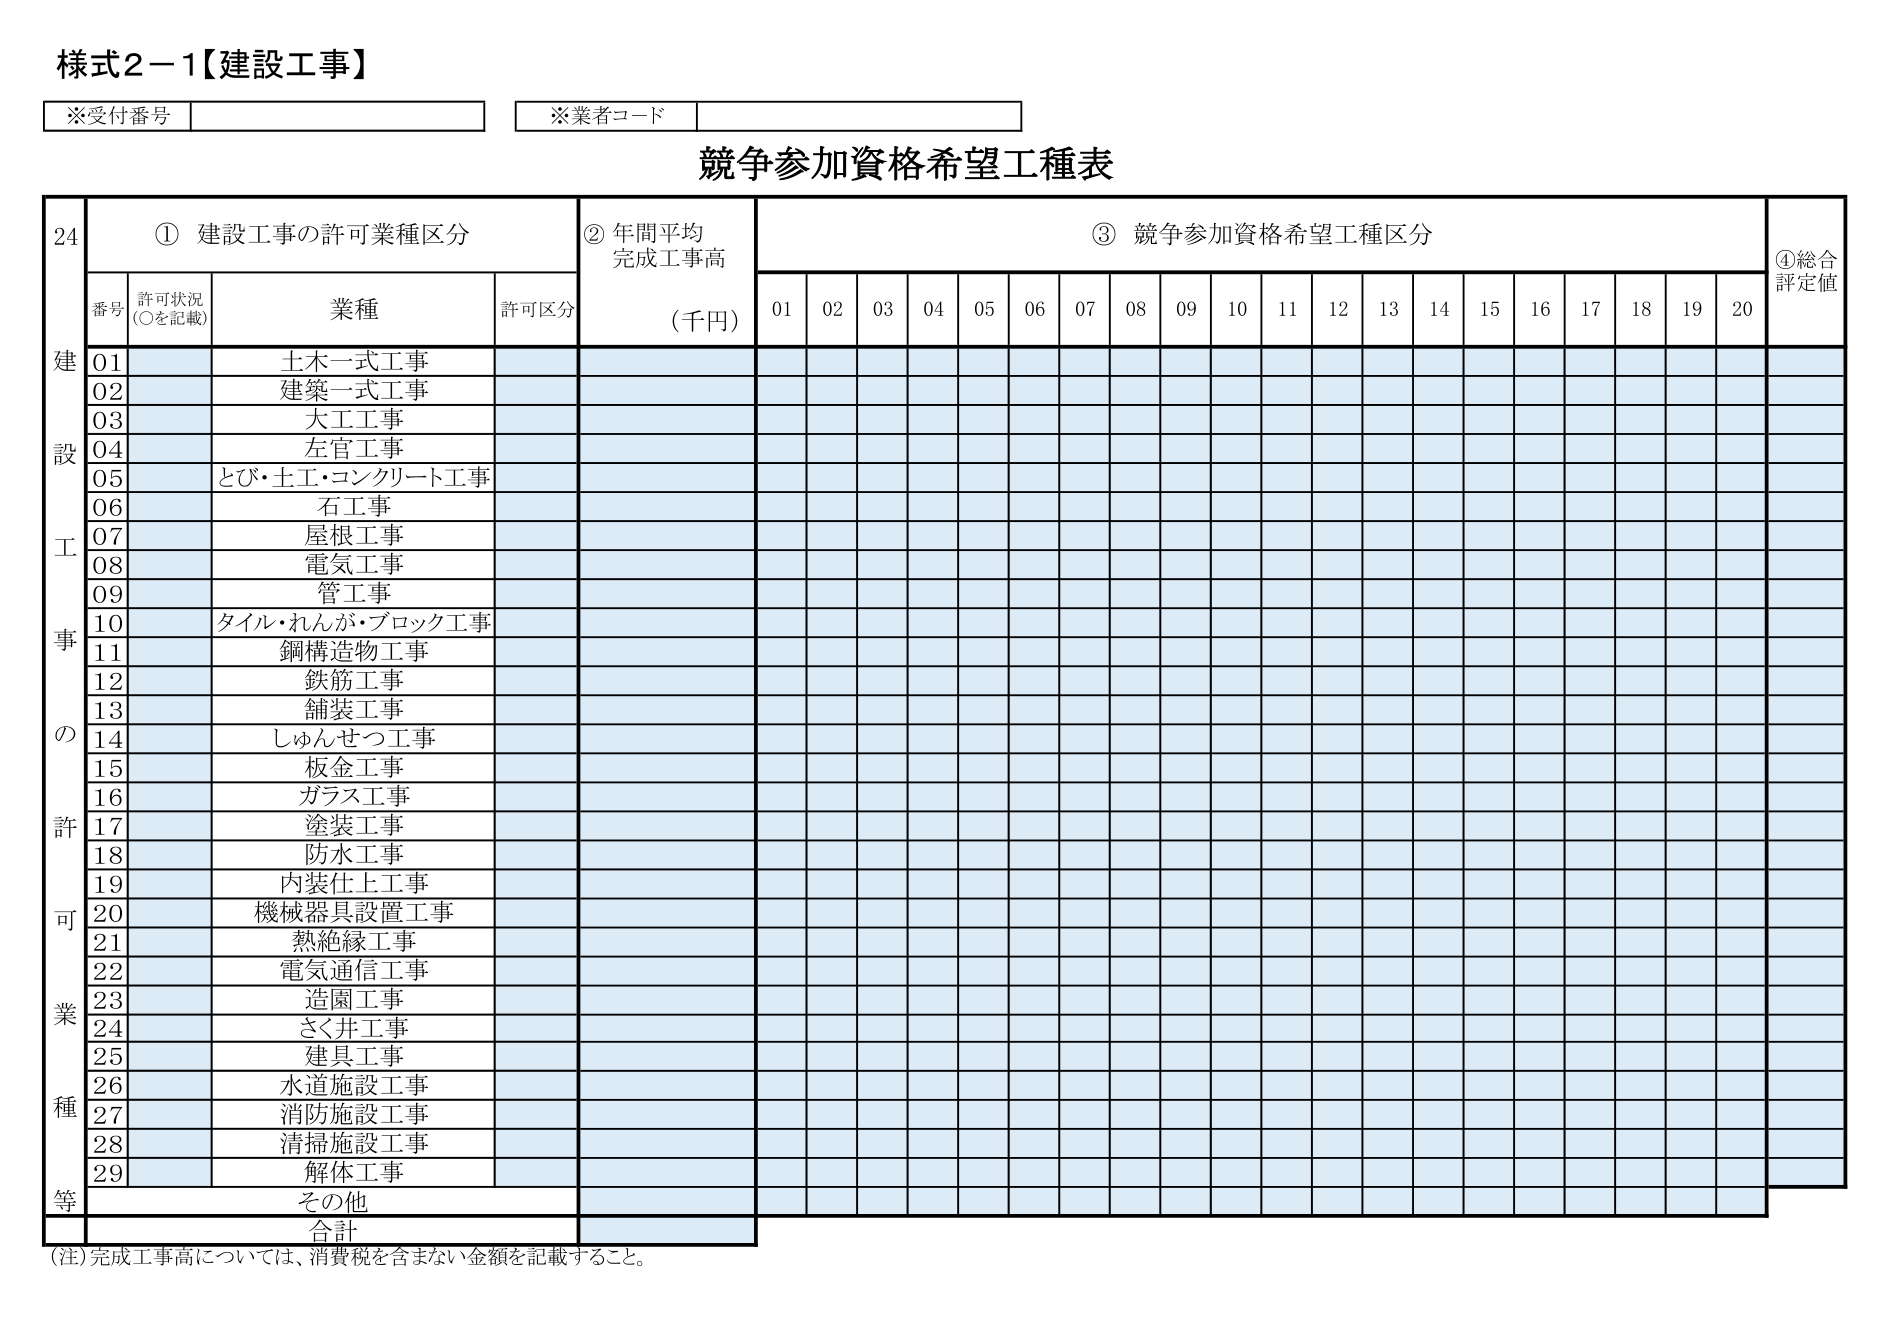
様式2－1【建設工事】

※受付番号
※業者コード

競争参加資格希望工種表

24
① 建設工事の許可業種区分
② 年間平均完成工事高（千円）
③ 競争参加資格希望工種区分
④総合評定値

番号 許可状況（○を記載） 業種 許可区分
01 土木一式工事
02 建築一式工事
03 大工工事
04 左官工事
05 とび・土工・コンクリート工事
06 石工事
07 屋根工事
08 電気工事
09 管工事
10 タイル・れんが・ブロック工事
11 鋼構造物工事
12 鉄筋工事
13 舗装工事
14 しゅんせつ工事
15 板金工事
16 ガラス工事
17 塗装工事
18 防水工事
19 内装仕上工事
20 機械器具設置工事
21 熱絶縁工事
22 電気通信工事
23 造園工事
24 さく井工事
25 建具工事
26 水道施設工事
27 消防施設工事
28 清掃施設工事
29 解体工事
その他
合計

（注）完成工事高については、消費税を含まない金額を記載すること。

01 02 03 04 05 06 07 08 09 10 11 12 13 14 15 16 17 18 19 20

建 設 工 事 の 許 可 業 種 等